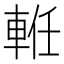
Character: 𨋶